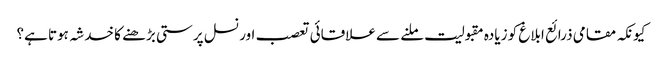
کیونکہ مقامی ذرائع ابلاغ کو زیادہ مقبولیت ملنے سے علاقائی تعصب اور نسل پرستی بڑھنے کا خدشہ ہوتا ہے؟